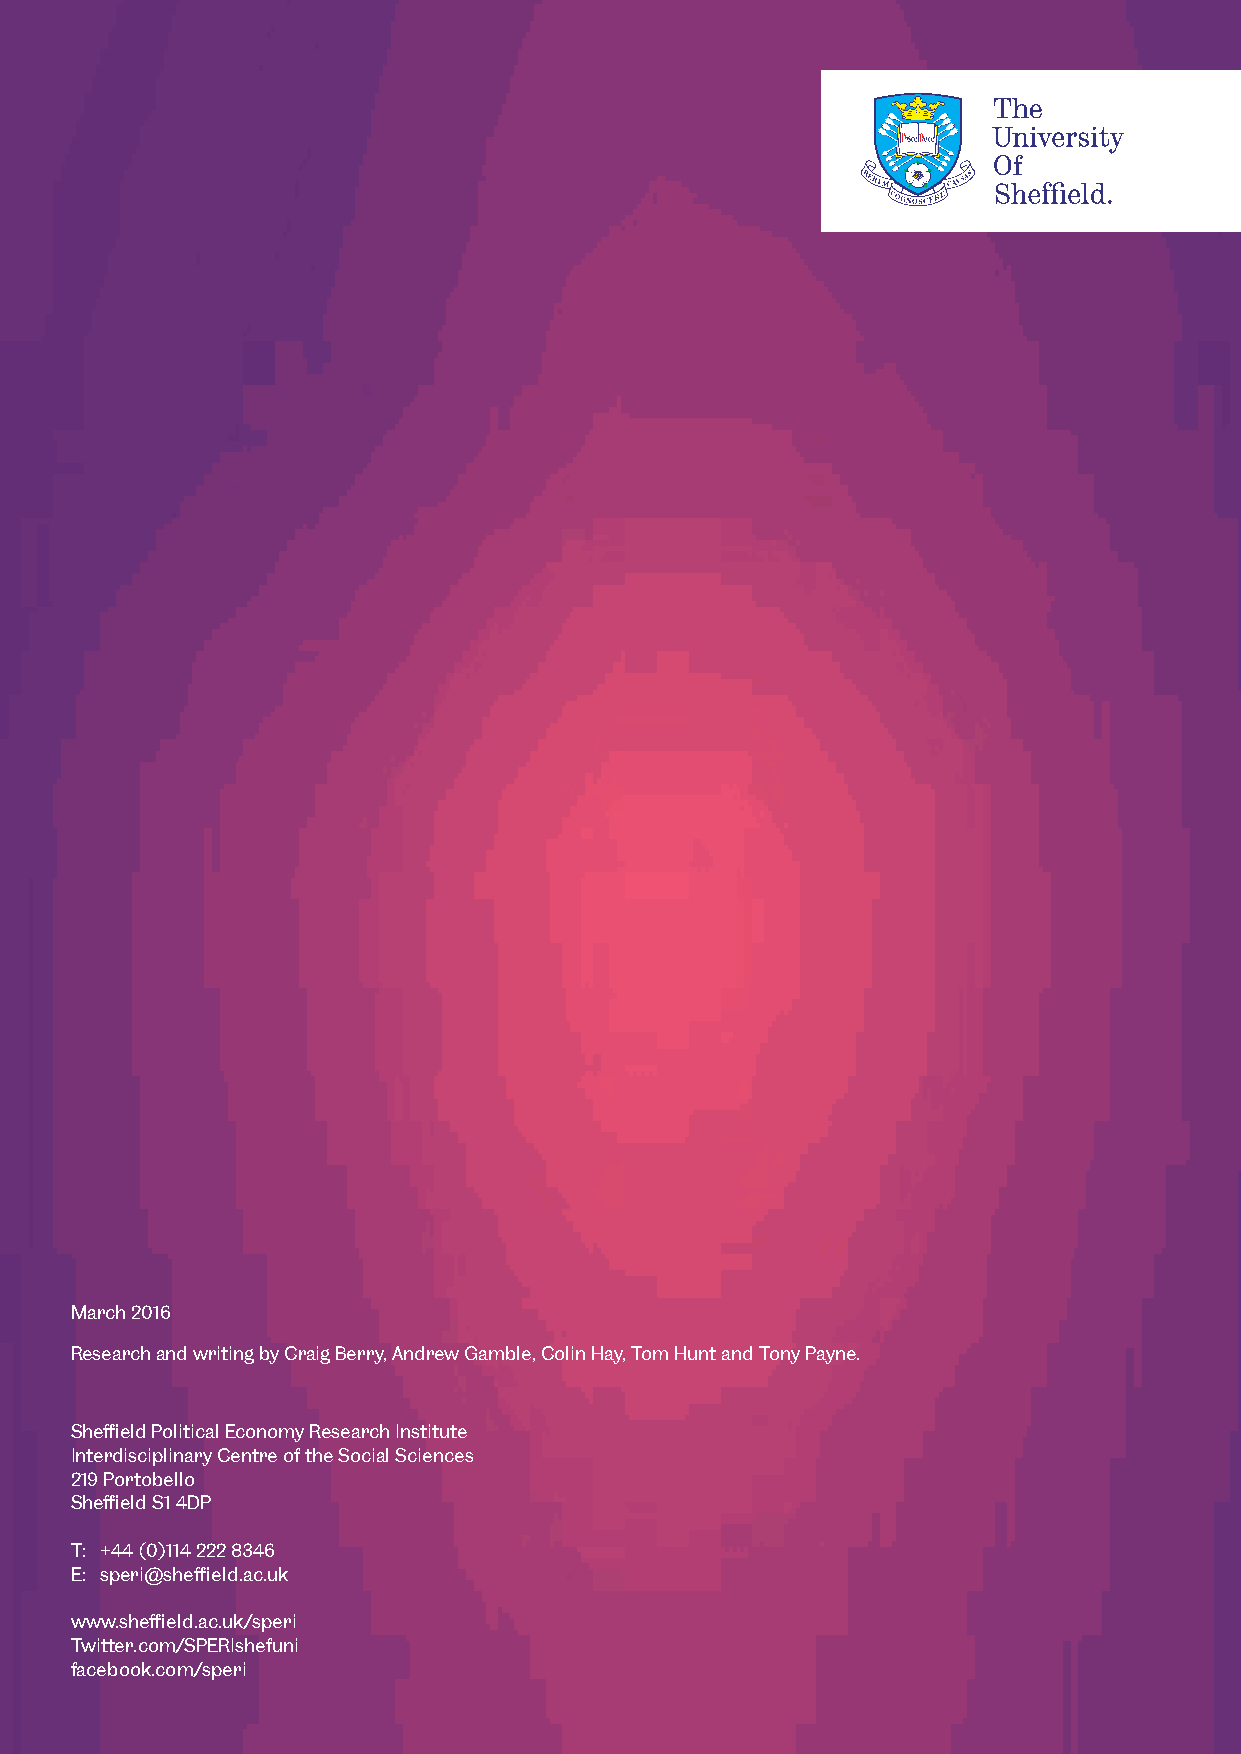
March 2016
 Research and writing by Craig Berry, Andrew Gamble, Colin Hay, Tom Hunt and Tony Payne.
 Sheffield Political Economy Research Institute
 Interdisciplinary Centre of the Social Sciences
 219 Portobello
 Sheffield S1 4DP
 T: +44 (0)114 222 8346
 E: speri@sheffield.ac.uk
 www.sheffield.ac.uk/speri
 Twitter.com/SPERIshefuni
 facebook.com/speri